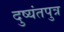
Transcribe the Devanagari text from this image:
दुष्यंतपुत्र